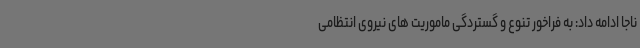
ناجا ادامه داد: به فراخور تنوع و گستردگی ماموریت های نیروی انتظامی